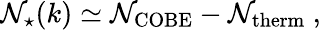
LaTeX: \mathcal{N}_{\star}(k)\simeq\mathcal{N}_{\mathrm{{COBE}}}-\mathcal{N}_{\mathrm{{therm}}}\ ,